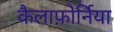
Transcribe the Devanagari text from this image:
कैलाफ़ोर्निया